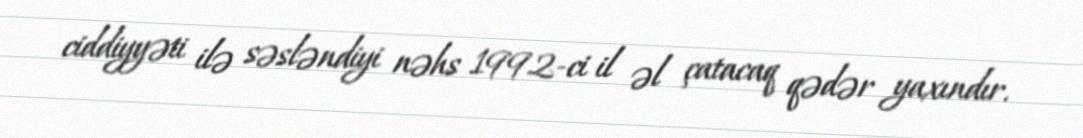
ciddiyyəti ilə səsləndiyi nəhs 1992-ci il əl çatacaq qədər yaxındır.